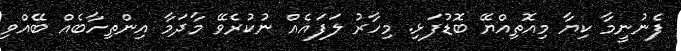
ފެނުނީމާ ކިޔާ މިއޮތިއްޔޭ ބޮޑުފަޅި. މިހާރު ލަފައެއް ނުކުރެވޭ މާދަމާ އިންތިހާބެއް ބޭއްވި